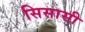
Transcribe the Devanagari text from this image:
सिसासी